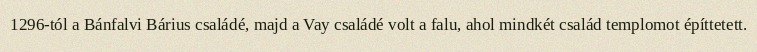
1296-tól a Bánfalvi Bárius családé, majd a Vay családé volt a falu, ahol mindkét család templomot építtetett.